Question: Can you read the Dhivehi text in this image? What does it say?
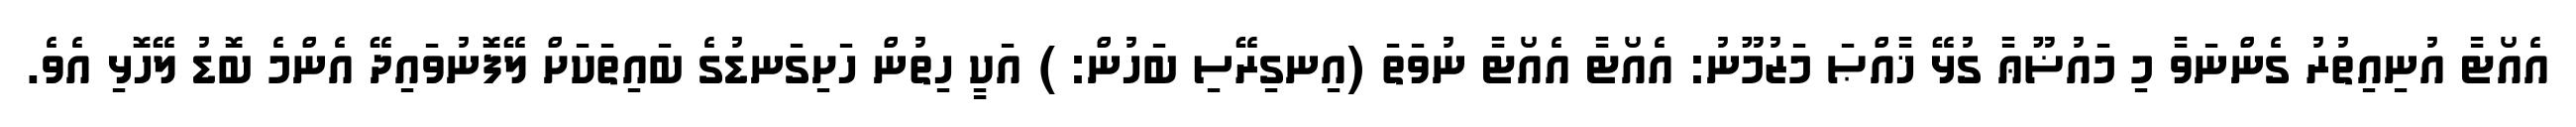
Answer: އެއޯޓާ އުނިއިތުރު ގެންނަވާ މި މައުޟޫޢާ ގުޅޭ ޚާއްޞަ މަޒުމޫނު: އެއޯޓާ އެއޯޓާ ނުވަތަ (އިނގިރޭސި ބަހުން: ) އަކީ ހިތުން ހަށިގަނޑުގެ ބައިތަކަށް ލޭފޮނުވައިދޭ އެންމެ ބޮޑު ލޭހޮޅި އެވެ.